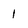
Character: 1